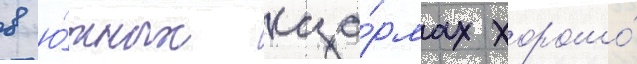
в ю́жных каза́рмах хорошо́